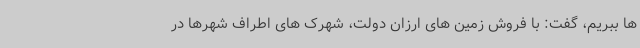
ها ببریم، گفت: با فروش زمین های ارزان دولت، شهرک های اطراف شهرها در